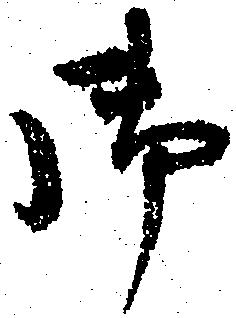
御